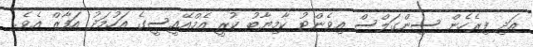
އަދި ފިރެހެން ސިންގަލްސް އިވެންޓު ކާމިޔާބު ކުރީ އެމްއޭއީސީގެ އަހުމަދު އަފާޒް އެވެ.